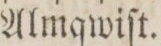
Almqwiſt.